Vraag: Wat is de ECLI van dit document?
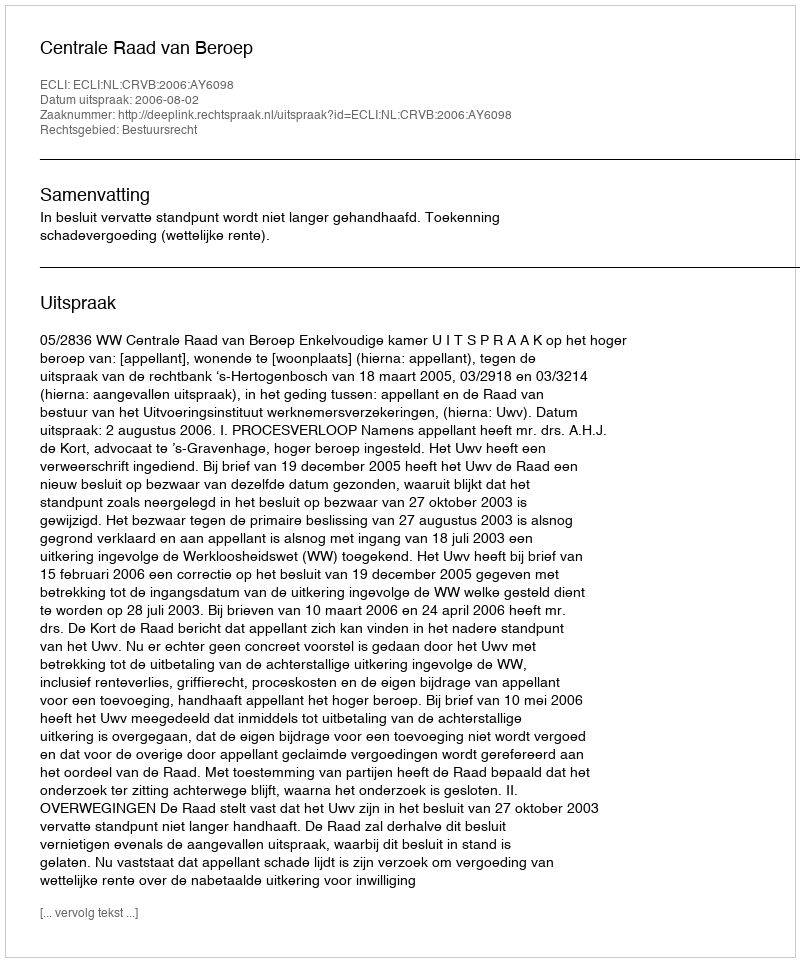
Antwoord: ECLI:NL:CRVB:2006:AY6098